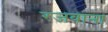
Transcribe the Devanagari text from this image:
रजवाना